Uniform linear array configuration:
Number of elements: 64
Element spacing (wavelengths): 0.75
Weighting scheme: blackman
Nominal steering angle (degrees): -30
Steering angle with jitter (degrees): -31.05
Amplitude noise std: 0.05
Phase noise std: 0.05

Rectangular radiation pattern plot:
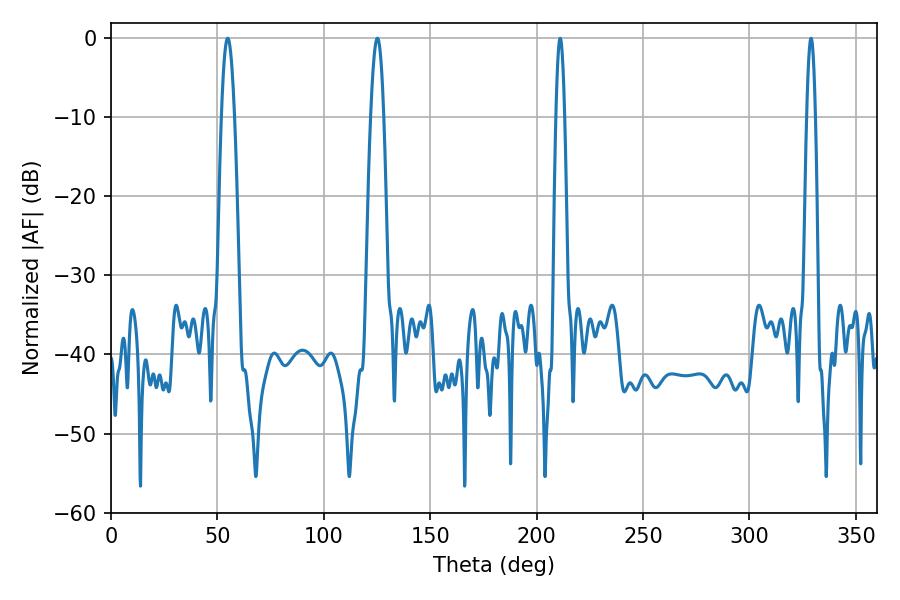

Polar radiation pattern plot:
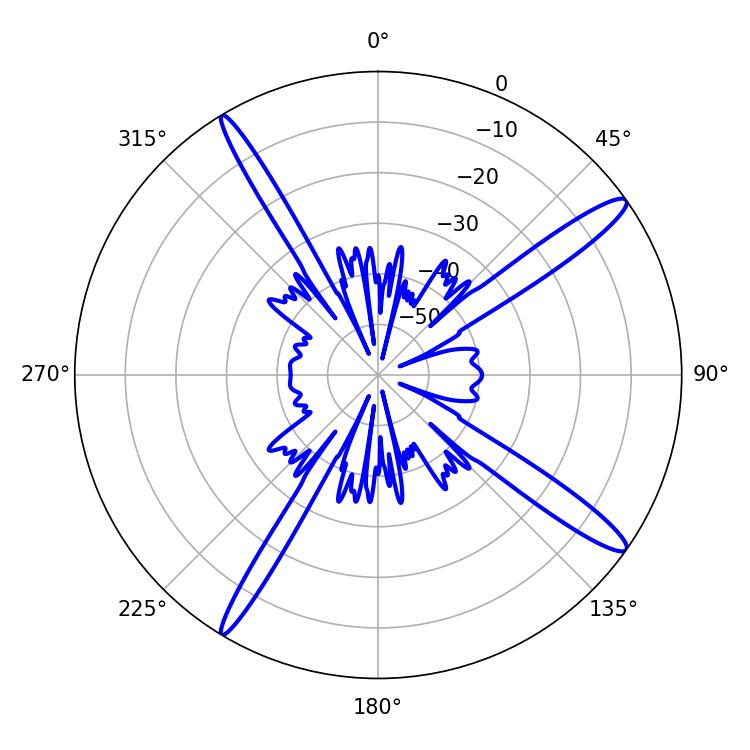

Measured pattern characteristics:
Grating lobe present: TRUE
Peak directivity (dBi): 15.191
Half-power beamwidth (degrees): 3.24
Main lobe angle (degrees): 54.9